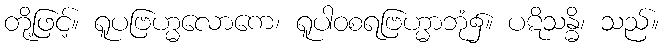
တို့ဖြင့်။ ရူပဗြဟ္မလောကေ၊ ရူပါဝစရဗြဟ္မာဘုံ၌။ ပဋိသန္ဓိ၊ သည်။